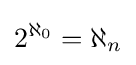
2^{\aleph _{0}}=\aleph _{n}